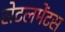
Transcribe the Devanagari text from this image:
सेटलमेंटस